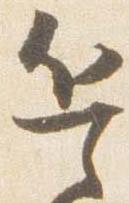
兵